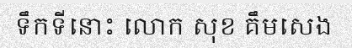
ទឹកទីនោះ លោក សុខ គឹមសេង